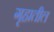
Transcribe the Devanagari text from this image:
गृहातील